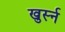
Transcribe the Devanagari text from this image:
खुर्स्न